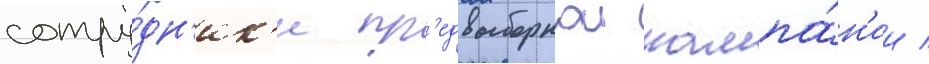
сотру́дн'ик'и пр'едвыборнои кампа́н'ии /